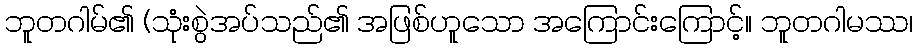
ဘူတဂါမ်၏ (သုံးစွဲအပ်သည်၏ အဖြစ်ဟူသော အကြောင်းကြောင့်။ ဘူတဂါမဿ၊